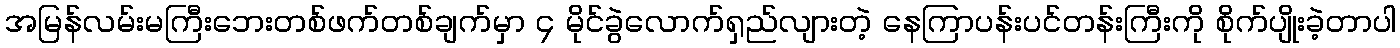
အမြန်လမ်းမကြီးဘေးတစ်ဖက်တစ်ချက်မှာ ၄ မိုင်ခွဲလောက်ရှည်လျားတဲ့ နေကြာပန်းပင်တန်းကြီးကို စိုက်ပျိုးခဲ့တာပါ